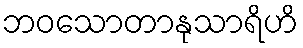
ဘဝသောတာနုသာရိဟိ